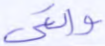
والتي